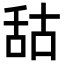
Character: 𦧒